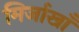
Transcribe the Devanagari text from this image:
मिर्जाखाँ